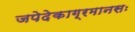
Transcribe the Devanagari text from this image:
जपेदेकाग्रमानसः